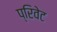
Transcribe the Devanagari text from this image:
प्रिवेट